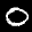
Label: 0